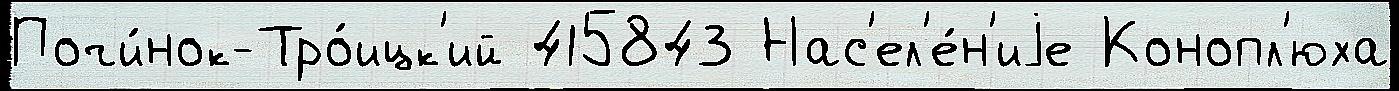
Почи́нок-Тро́ицк'ий 415843 Нас'ел'е́н'иjе Конопл'юха